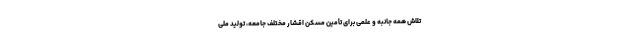
تلاش همه جانبه و علمی برای تأمین مسکن اقشار مختلف جامعه، تولید ملی